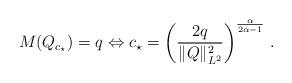
LaTeX: \begin{align*} M(Q_{c_{\star}})=q \Leftrightarrow c_{\star}=\left(\frac{2q}{\|Q\|_{L^2}^2} \right)^{\frac{\alpha}{2\alpha-1}} \, .\end{align*}